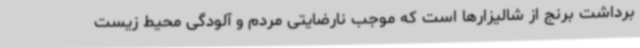
برداشت برنج از شالیزارها است که موجب نارضایتی مردم و آلودگی محیط زیست